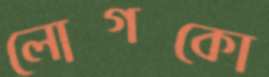
লোগকো